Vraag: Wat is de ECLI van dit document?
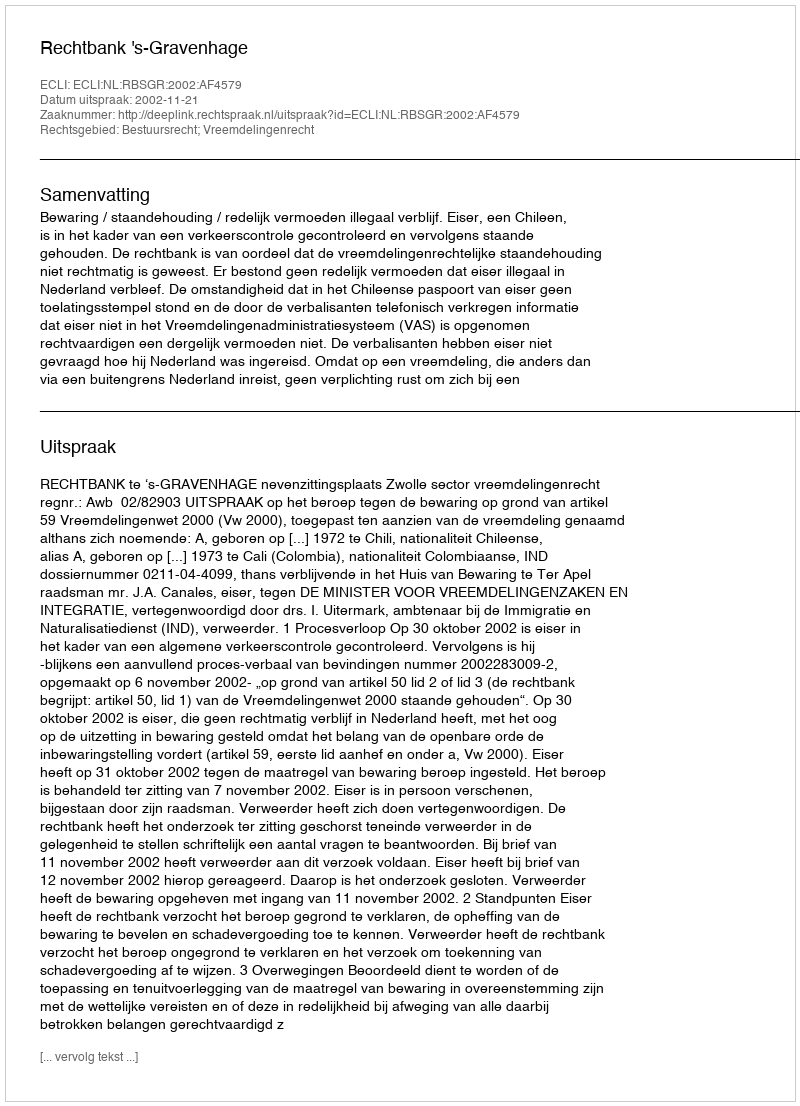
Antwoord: ECLI:NL:RBSGR:2002:AF4579